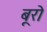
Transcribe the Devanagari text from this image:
बूरो